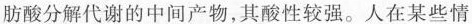
肪酸分解代谢的中间产物，其酸性较强。人在某些情